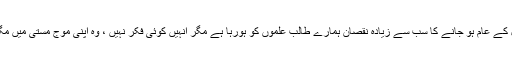
موبائل کے عام ہو جانے کا سب سے زیادہ نقصان ہمارے طالبِ علموں کو ہورہا ہے مگر انہیں کوئی فکر نہیں ، وہ اپنی موج مستی میں مگن ہیں۔